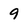
Character: 9